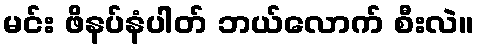
မင်း ဖိနပ်နံပါတ် ဘယ်လောက် စီးလဲ။